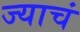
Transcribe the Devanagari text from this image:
ज्याचं